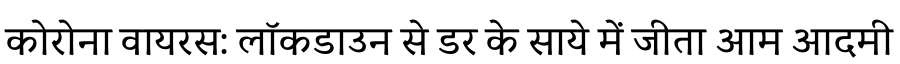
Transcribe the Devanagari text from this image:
कोरोना वायरस: लॉकडाउन से डर के साये में जीता आम आदमी